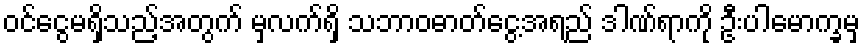
ဝင်ငွေမရှိသည့်အတွက် မှလက်ရှိ သဘာဝဓာတ်ငွေ့အရည် ဒါဏ်ရာကို ဦးပါမောက္ခမှ